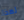
لهذا